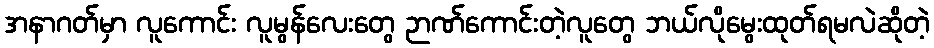
အနာဂတ်မှာ လူကောင်း လူမွန်လေးတွေ ဉာဏ်ကောင်းတဲ့လူတွေ ဘယ်လိုမွေးထုတ်ရမလဲဆိုတဲ့